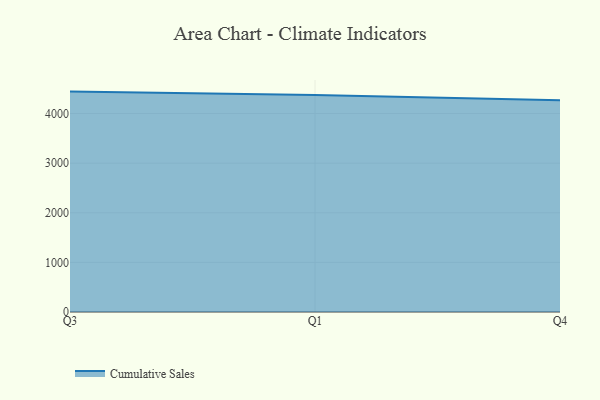
{"axis": {"x": "Quarter", "y": "Budget (USD K)"}, "legend": ["Cumulative Sales"], "data": [{"x": "Q3", "y": 4442.7, "type": "Cumulative Sales"}, {"x": "Q1", "y": 4373.9, "type": "Cumulative Sales"}, {"x": "Q4", "y": 4268.8, "type": "Cumulative Sales"}]}